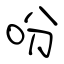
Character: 吩